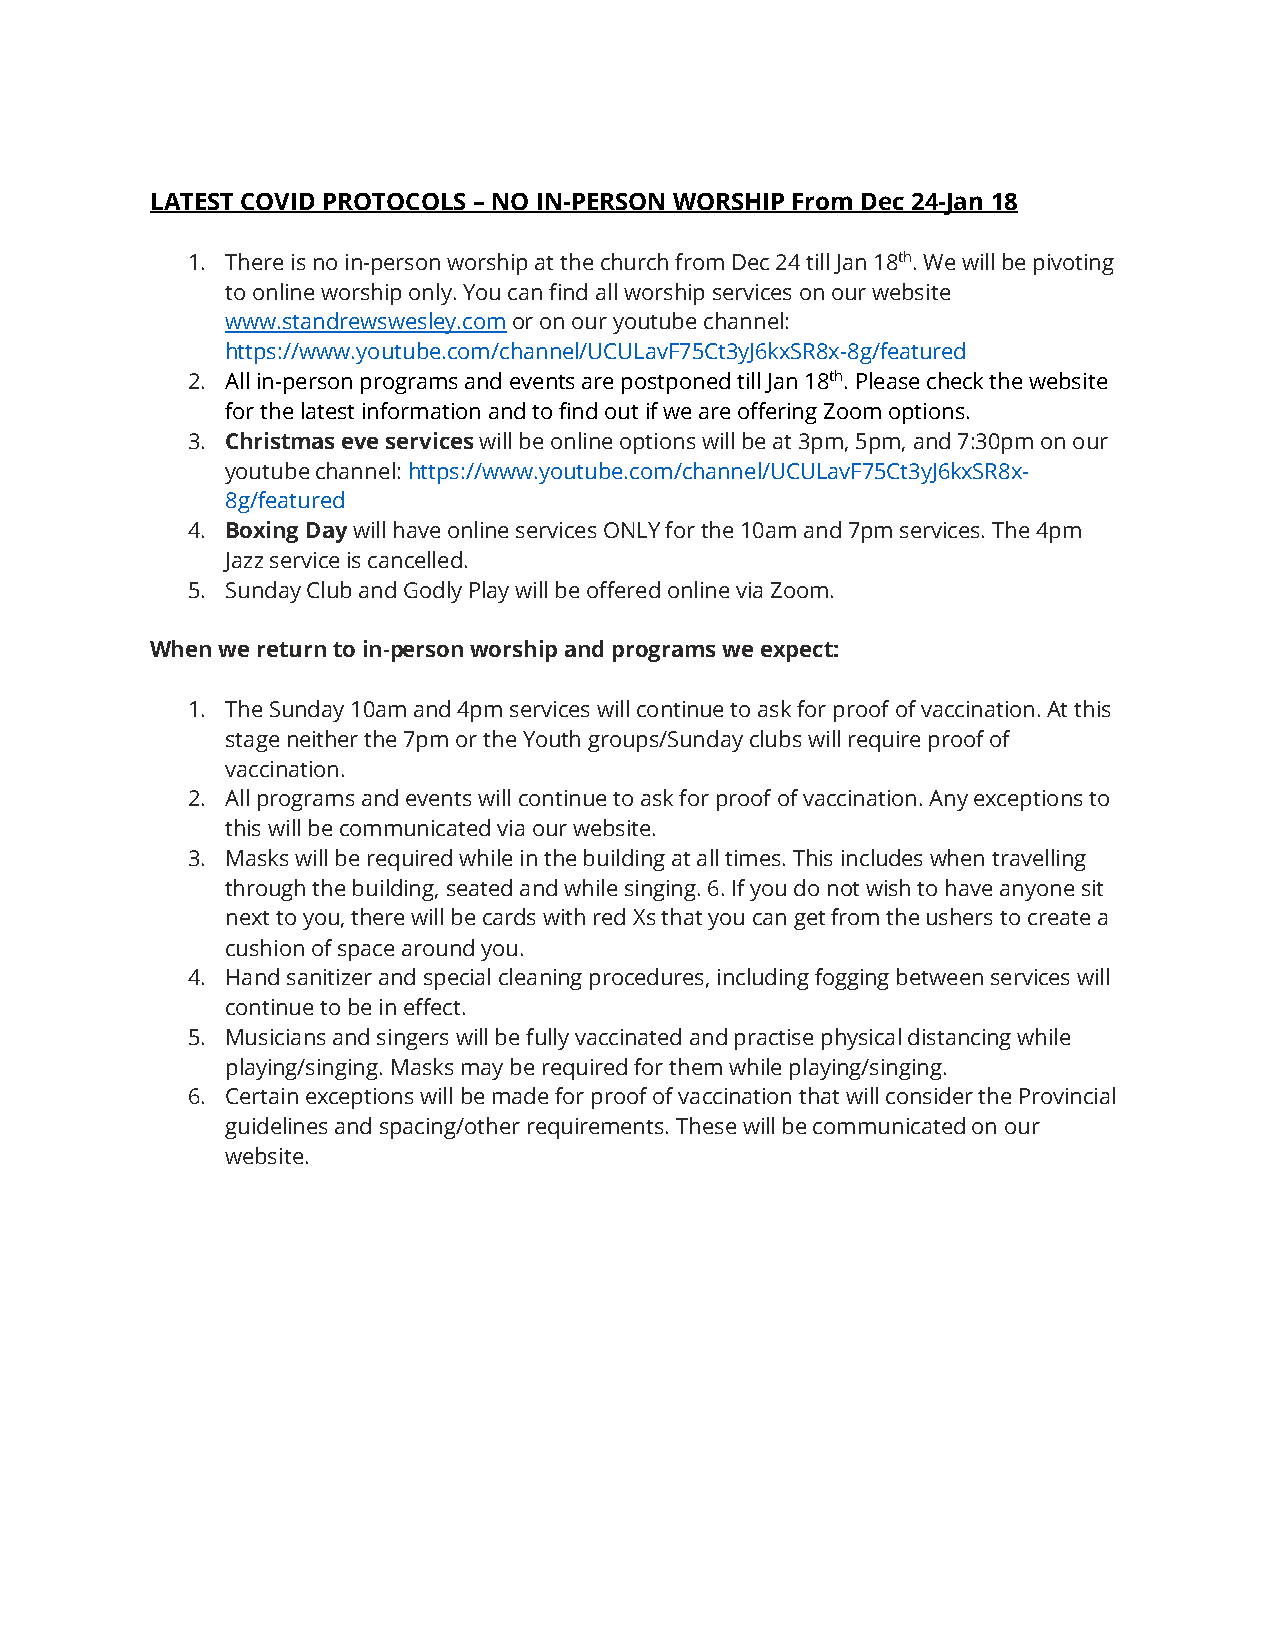
LATEST COVID PROTOCOLS – NO IN-PERSON WORSHIP From Dec 24-Jan 18
 1. There is no in-person worship at the church from Dec 24 till Jan 18th. We will be pivoting
 to online worship only. You can find all worship services on our website
 www.standrewswesley.com or on our youtube channel:
 https://www.youtube.com/channel/UCULavF75Ct3yJ6kxSR8x-8g/featured
 2. All in-person programs and events are postponed till Jan 18th. Please check the website
 for the latest information and to find out if we are offering Zoom options.
 3. Christmas eve services will be online options will be at 3pm, 5pm, and 7:30pm on our
 youtube channel: https://www.youtube.com/channel/UCULavF75Ct3yJ6kxSR8x-
 8g/featured
 4. Boxing Day will have online services ONLY for the 10am and 7pm services. The 4pm
 Jazz service is cancelled.
 5. Sunday Club and Godly Play will be offered online via Zoom.
 When we return to in-person worship and programs we expect:
 1. The Sunday 10am and 4pm services will continue to ask for proof of vaccination. At this
 stage neither the 7pm or the Youth groups/Sunday clubs will require proof of
 vaccination.
 2. All programs and events will continue to ask for proof of vaccination. Any exceptions to
 this will be communicated via our website.
 3. Masks will be required while in the building at all times. This includes when travelling
 through the building, seated and while singing. 6. If you do not wish to have anyone sit
 next to you, there will be cards with red Xs that you can get from the ushers to create a
 cushion of space around you.
 4. Hand sanitizer and special cleaning procedures, including fogging between services will
 continue to be in effect.
 5. Musicians and singers will be fully vaccinated and practise physical distancing while
 playing/singing. Masks may be required for them while playing/singing.
 6. Certain exceptions will be made for proof of vaccination that will consider the Provincial
 guidelines and spacing/other requirements. These will be communicated on our
 website.